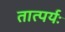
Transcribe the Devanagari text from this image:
तात्पर्यः